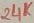
Text: 24K